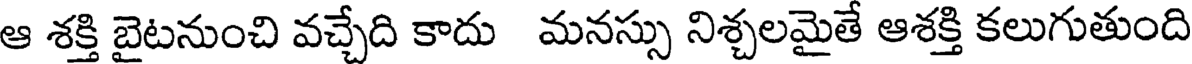
ఆ శక్తి బైటనుంచి వచ్చేది కాదు మనస్సు నిశ్చలమైతే ఆశక్తి కలుగుతుంది